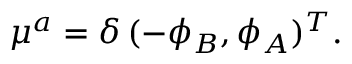
\begin{array} { r } { { \mu } ^ { a } = \delta \, ( - \phi _ { B } , \phi _ { A } ) ^ { T } . } \end{array}